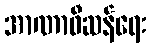
အာဏာဖီဆန်ရေး